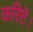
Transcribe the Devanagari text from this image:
करितें।